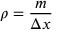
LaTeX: \rho = { \frac { m } { \Delta x } }